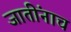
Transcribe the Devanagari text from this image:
जातींनाच